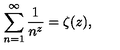
\sum _ { n = 1 } ^ { \infty } \frac { 1 } { n ^ { z } } = \zeta ( z ) ,